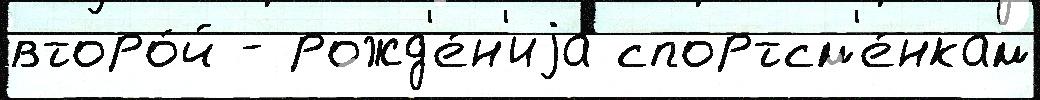
второ́й - рожд'е́н'иjа спортсм'е́нкам